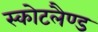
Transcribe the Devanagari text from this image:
स्कोटलैण्ड